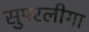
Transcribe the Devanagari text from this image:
सुपरलीगा